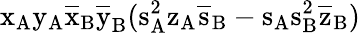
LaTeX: \mathrm{x_{A}\mathrm{y_{A}\mathrm{\overline{{x}}_{B}\mathrm{\overline{{y}}_{B}(\mathrm{s_{A}^{2}\mathrm{z_{A}\mathrm{\overline{{s}}_{B}-\mathrm{s_{A}\mathrm{s_{B}^{2}\mathrm{\overline{{z}}_{B})}}}}}}}}}}